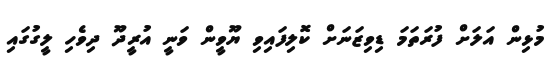
މުޅިން އަލަށް ފުރަތަމަ ޑިވިޒަނަށް ކޮލިފައިވި ޔޫވީން ވަނީ އުރީދޫ ދިވެހި ލީގުގައި